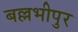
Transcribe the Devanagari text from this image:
बल्लभीपुर